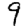
Digit: 9